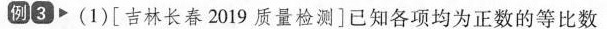
例③·(1)[吉林长春2019质量检测]已知各项均为正数的等比数